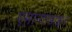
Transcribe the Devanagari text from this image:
एमान्टाडाइन